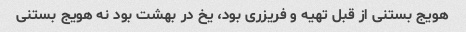
هویج بستنی از قبل تهیه و فریزری بود، یخ در بهشت بود نه هویج بستنی